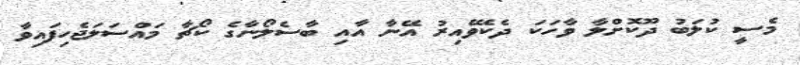
މެސީ ކުލަބު ދޫކޮށްލާ ވާހަކަ ދެކެވޭއިރު އޭނާ އާއި ބާސެލޯނާގެ ކޯޗާ މައްސަލަޖެހިފައިވާ